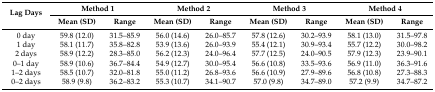
<table><thead><tr><td rowspan="2"><b>Lag Days</b></td><td colspan="2"><b>Method 1</b></td><td colspan="2"><b>Method 2</b></td><td colspan="2"><b>Method 3</b></td><td colspan="2"><b>Method 4</b></td></tr><tr><td><b>Mean (SD)</b></td><td><b>Range</b></td><td><b>Mean (SD)</b></td><td><b>Range</b></td><td><b>Mean (SD)</b></td><td><b>Range</b></td><td><b>Mean (SD)</b></td><td><b>Range</b></td></tr></thead><tbody><tr><td>0 day</td><td>59.8 (12.0)</td><td>31.5–85.9</td><td>56.0 (14.6)</td><td>26.0–85.7</td><td>57.8 (12.6)</td><td>30.2–93.9</td><td>58.1 (13.0)</td><td>31.5–97.8</td></tr><tr><td>1 day</td><td>58.1 (11.7)</td><td>35.8–82.8</td><td>53.9 (13.6)</td><td>26.0–93.9</td><td>55.4 (12.1)</td><td>30.9–93.4</td><td>55.7 (12.2)</td><td>30.0–98.2</td></tr><tr><td>2 days</td><td>58.9 (12.2)</td><td>28.3–85.0</td><td>56.2 (12.3)</td><td>24.0–96.4</td><td>57.7 (12.5)</td><td>24.0–90.5</td><td>57.9 (12.3)</td><td>23.9–90.1</td></tr><tr><td>0–1 day</td><td>58.9 (10.6)</td><td>36.7–84.4</td><td>54.9 (12.7)</td><td>30.0–95.4</td><td>56.6 (10.8)</td><td>33.5–93.6</td><td>56.9 (11.0)</td><td>36.3–91.6</td></tr><tr><td>1–2 days</td><td>58.5 (10.7)</td><td>32.0–81.8</td><td>55.0 (11.2)</td><td>26.8–93.6</td><td>56.6 (10.9)</td><td>27.9–89.6</td><td>56.8 (10.8)</td><td>27.3–88.3</td></tr><tr><td>0–2 days</td><td>58.9 (9.8)</td><td>36.2–83.2</td><td>55.3 (10.7)</td><td>34.1–90.7</td><td>57.0 (9.8)</td><td>34.7–89.0</td><td>57.2 (9.9)</td><td>34.7–87.2</td></tr></tbody></table>